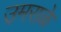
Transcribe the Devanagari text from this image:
उमराळे